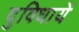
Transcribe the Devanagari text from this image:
दुविधायें